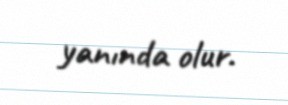
yanında olur.